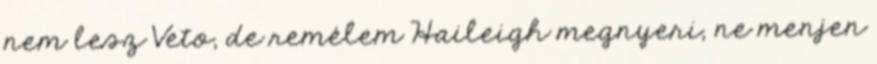
nem lesz Veto, de remélem Haileigh megnyeri, ne menjen